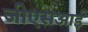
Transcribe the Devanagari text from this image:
जीएसआई